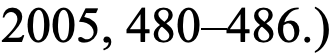
2005, 480–486.)